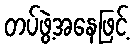
တပ်ဖွဲ့အနေဖြင့်